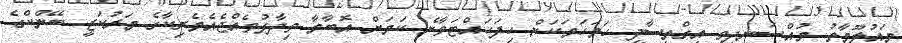
މައުލޫމާތު މުއްސަނދިވި އިގްތިސާދީ ހަމަހަމަކަން ހިފަހައްޓަވާނެ ކަމަށް އޮބާމާ ވިދާޅުވެއްޖެއެމެރިކާގެ މަރުކަޒީ ބޭންކްގެ